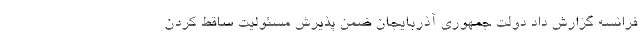
فرانسه گزارش داد دولت جمهوری آذربایجان ضمن پذیرش مسئولیت ساقط کردن